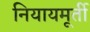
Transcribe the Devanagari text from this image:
नियायमूर्ती